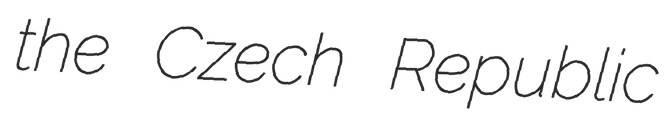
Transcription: the Czech Republic